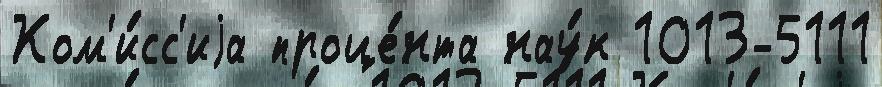
Ком'и́сс'иjа проце́нта нау́к 1013-5111